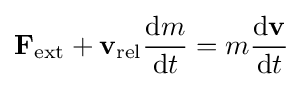
\mathbf {F} _{\mathrm {ext} }+\mathbf {v} _{\mathrm {rel} }{\frac {\mathrm {d} m}{\mathrm {d} t}}=m{\mathrm {d} \mathbf {v}  \over \mathrm {d} t}